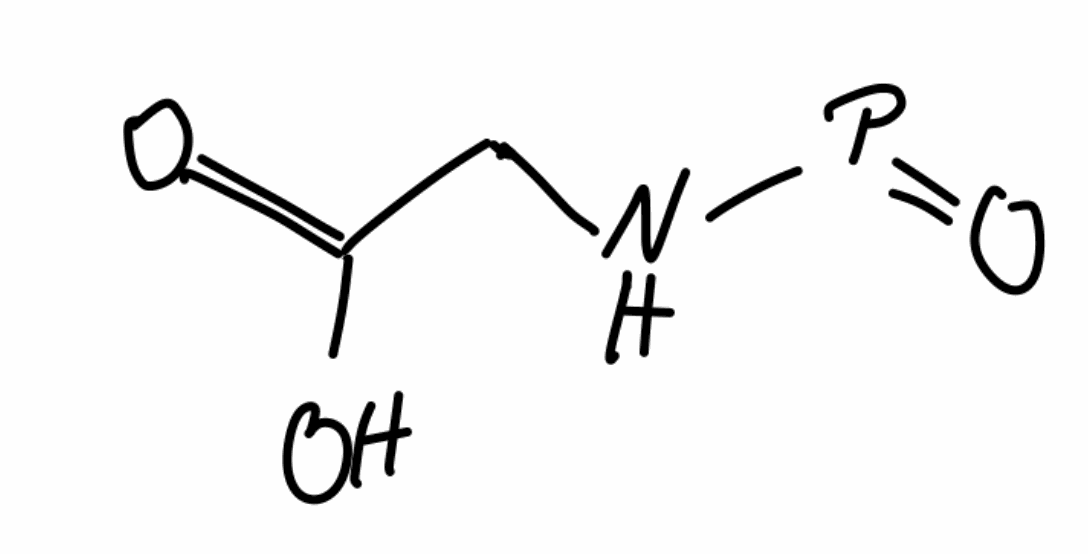
Simplified molecular-input line-entry system (SMILES) notation of the given molecule:
C(C(=O)O)NP=O